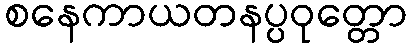
စနေကာယတနပ္ပဝုတ္တော